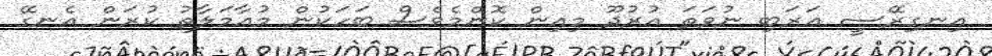
އިނގިރޭސީ ޢަރަބި ނުވަތަ އުރުދޫ މިއިން ކޮންމެވެސް ބަހަކުން މުޢާމަލާތު ކުރަން އެނގޭ